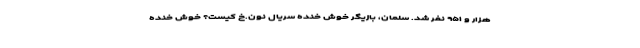
هزار و ۹۵۱ نفر شد. سلمان، بازیگر خوش خنده سریال نون.خ کیست؟ خوش خنده